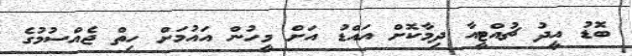
ބޮޑު އީދު ޗުއްޓީއާ ދިމާކޮށް އައްޑު އަށް މީހުން އައުމަށް ހިތް ޖެއްސުމުގެ